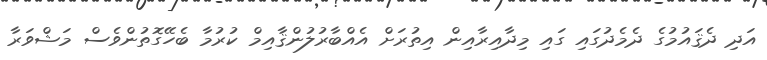
އަދި ދެޤައުމުގެ ދެމެދުގައި ގައި މިދާއިރާއިން އިތުރަށް އެއްބާރުލުންޤާއިމް ކުރުމާ ބެހޭގޮތުންވެސް މަޝްވަރާ